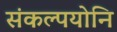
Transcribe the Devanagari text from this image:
संकल्पयोनि